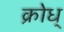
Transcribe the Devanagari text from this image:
क्रोध्